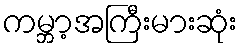
ကမ္ဘာ့အကြီးမားဆုံး